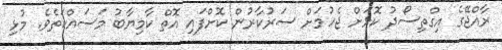
ރާއްޖޭގެ އިގްތިސޯދު ކޮޅަށް ޖެހުމަށް ސަރުކާރުން ކޮށްފައި އޮތް ކާމިޔާބު މަސައްކަތެވެ. މުޅި